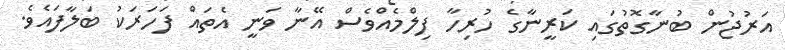
އަރުޖުން ބުނާގޮތުގައި ކަރީނާގެ ހުރިހާ ފިލްމެއްވެސް އޭނާ ވަނީ އެތައް ފަހަރަކު ބަލާފައެވެ.